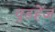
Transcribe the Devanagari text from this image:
वुडहेंज